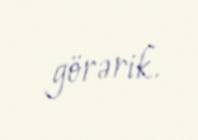
görərik.